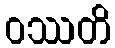
ဝဿတိ